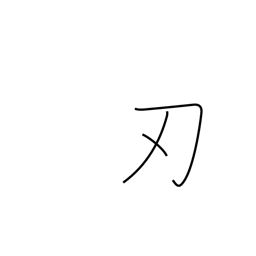
Meaning: edge